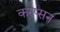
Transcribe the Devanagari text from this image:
करप्सन